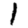
Digit: 1